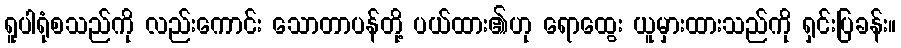
ရူပါရုံစသည်ကို လည်းကောင်း သောတာပန်တို့ ပယ်ထား၏ဟု ရောထွေး ယူမှားထားသည်ကို ရှင်းပြခန်း။